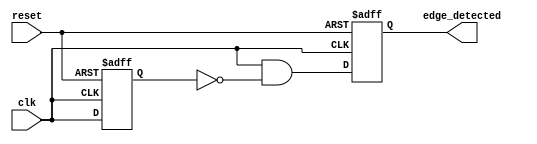
module edge_detector (
    input wire clk,            // Input signal to detect edges
    input wire reset,          // Asynchronous reset
    output reg edge_detected   // Output pulse indicating a rising edge
);

// Internal signal to hold the previous state of the input signal
reg previous_state;

// Always block to sample the input signal at the rising edge of the clock
always @(posedge clk or posedge reset) begin
    if (reset) begin
        previous_state <= 1'b0;   // Reset the previous state
        edge_detected <= 1'b0;     // Reset the edge_detected output
    end else begin
        // Edge detection logic
        edge_detected <= (clk & ~previous_state); // Generate pulse on rising edge
        previous_state <= clk;   // Update the previous state
    end
end

endmodule